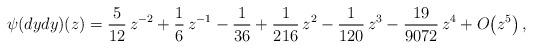
LaTeX: \begin{align*} \psi(dydy)(z)={\frac {5}{12}}\,{z}^{-2}+\frac{1}{6}\,{z}^{-1}-\frac{1}{36}+{\frac {1}{216}}\,{z}^{2}-{\frac {1}{120}}\,{z}^{3}-{\frac {19}{9072}}\,{z}^{4}+O\!\left( {z}^{5} \right),\end{align*}